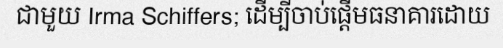
ជាមួយ Irma Schiffers; ដើម្បីចាប់ផ្តើមធនាគារដោយ